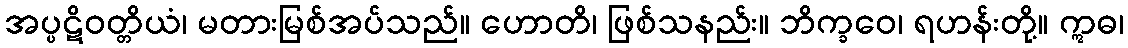
အပ္ပဋိဝတ္တိယံ၊ မတားမြစ်အပ်သည်။ ဟောတိ၊ ဖြစ်သနည်း။ ဘိက္ခဝေ၊ ရဟန်းတို့။ ဣဓ၊